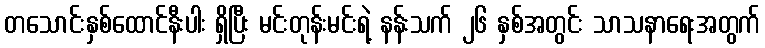
တသောင်းနှစ်ထောင်နီးပါး ရှိပြီး မင်းတုန်းမင်းရဲ့ နန်းသက် ၂၆ နှစ်အတွင်း သာသနာရေးအတွက်